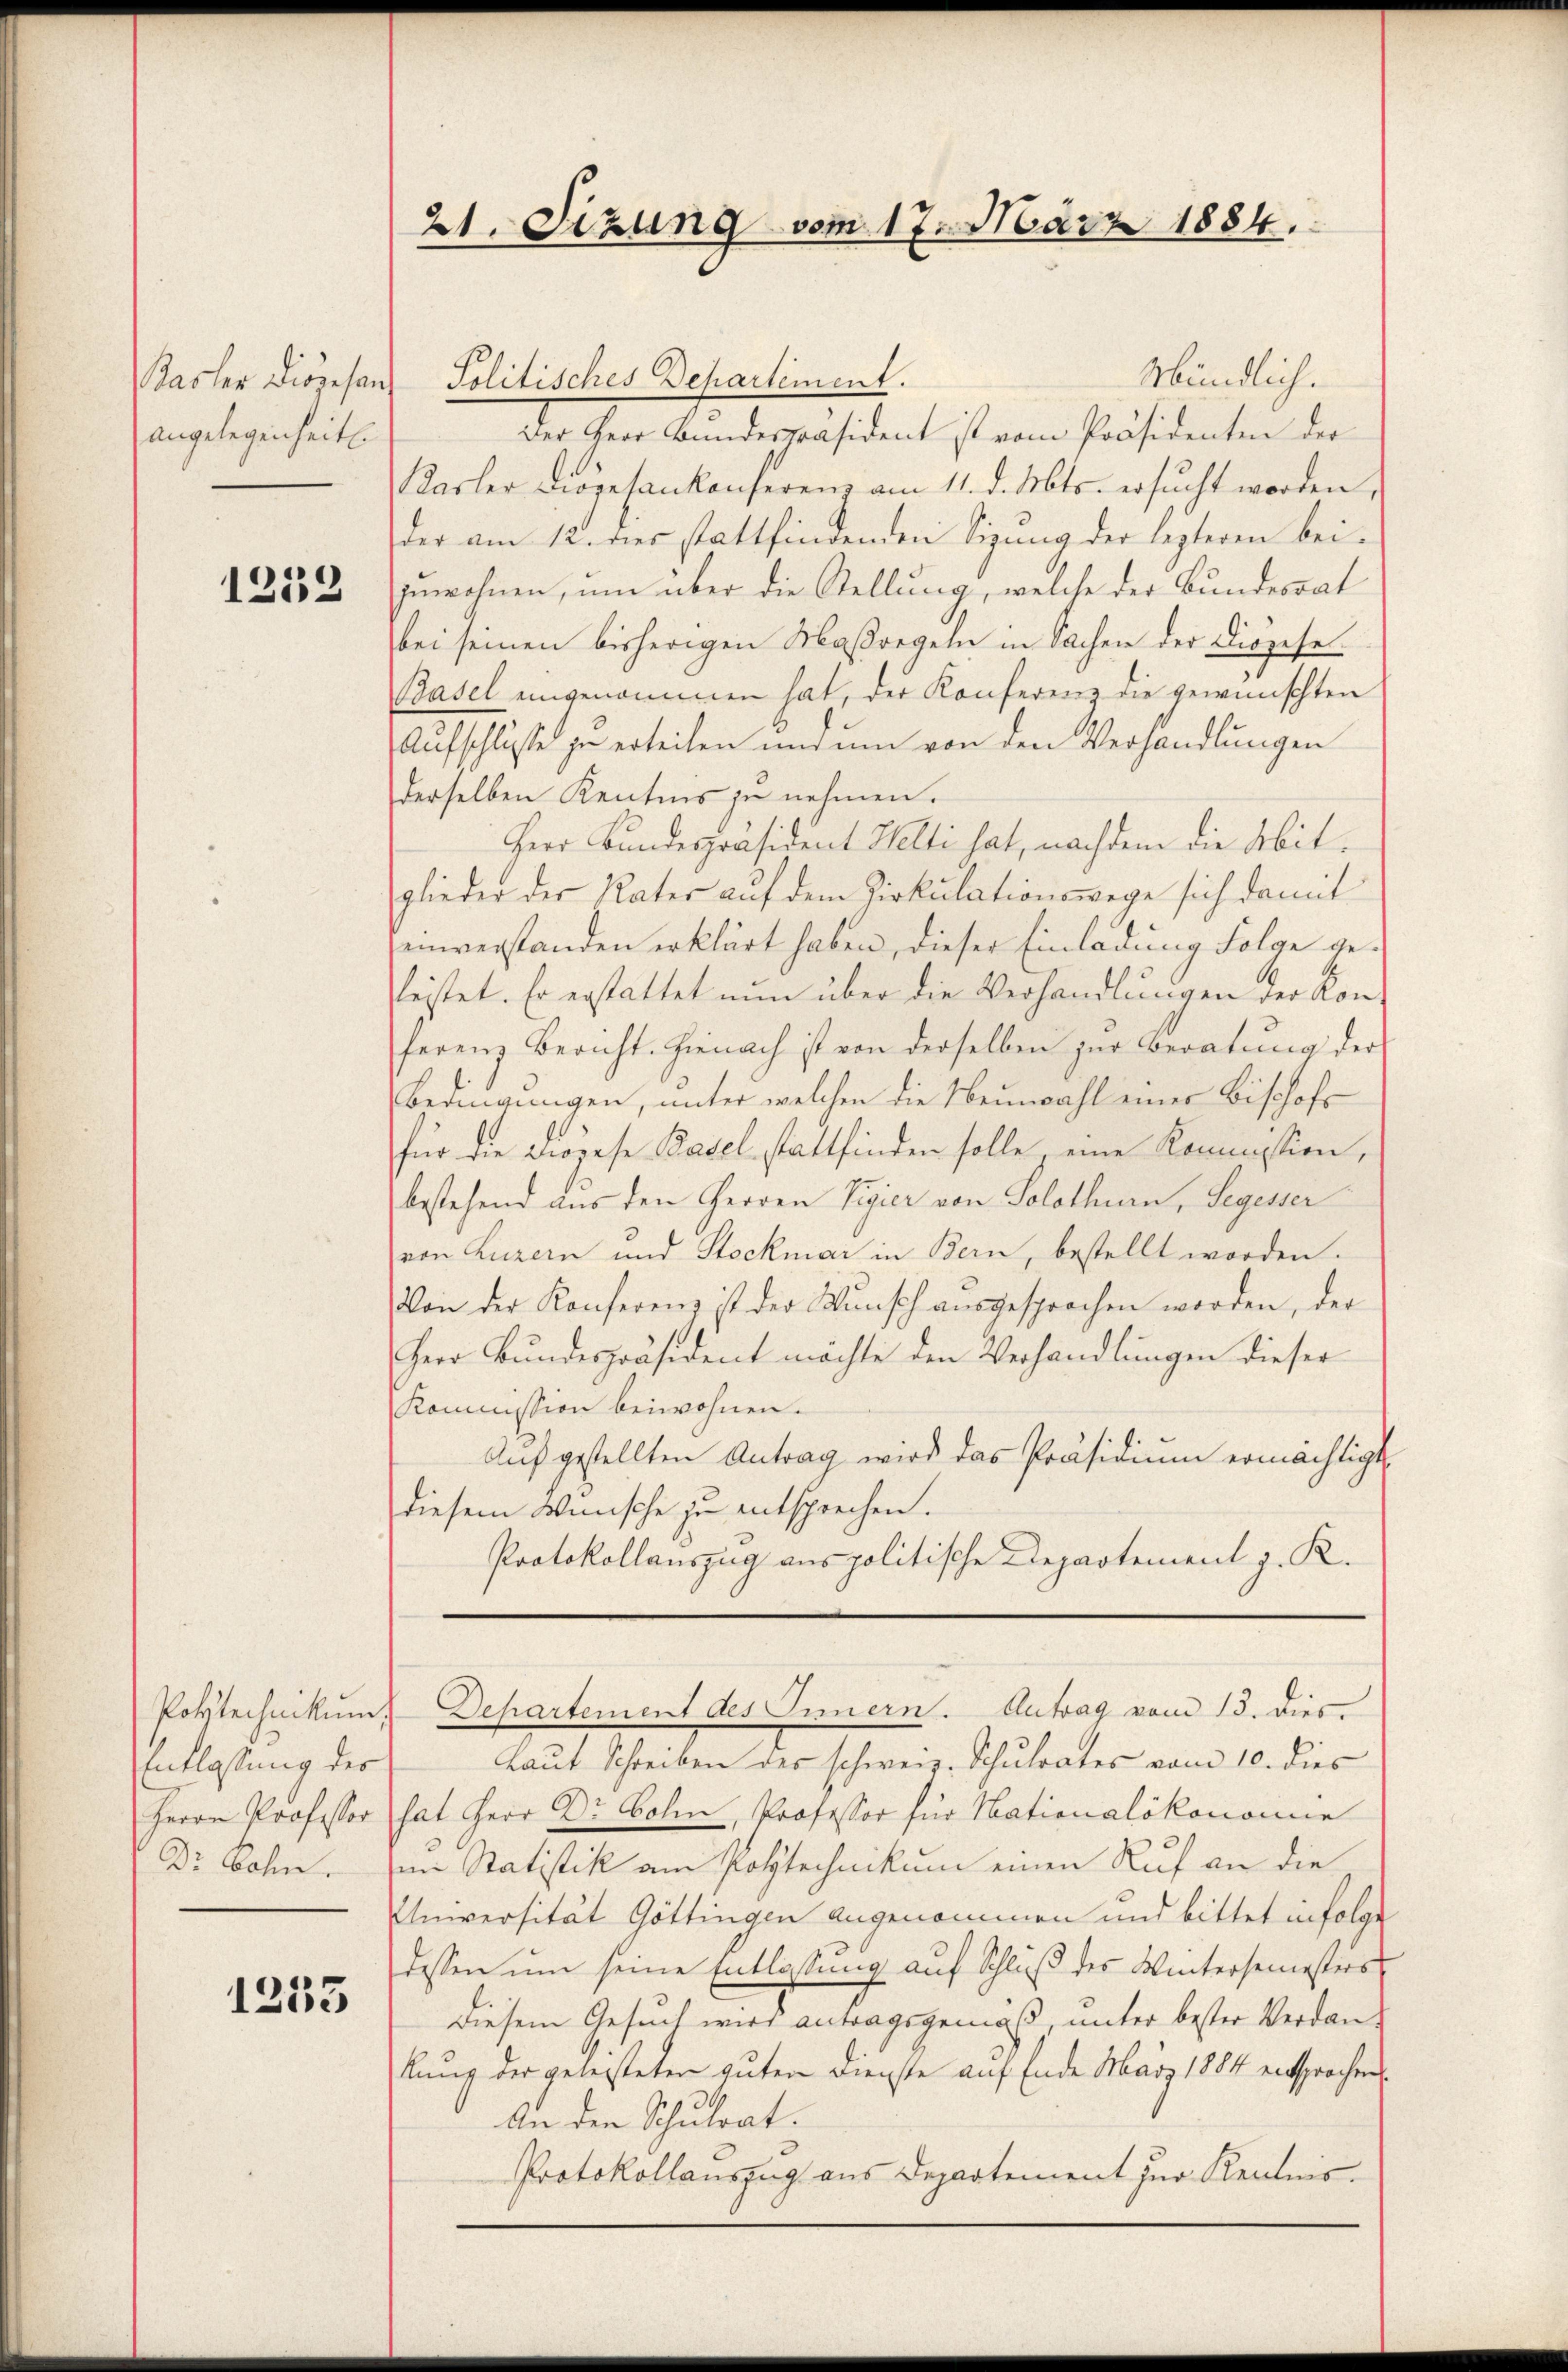
Basler Diocesan
angelegenheit.

1252

Polytechnikum.
Entlassung der
Herrn Professor
Dr. Bohn.

1253

Mündlich.
Politisches Departement.
Der Herr Bundespräsident ist vom Präsidenten der
Kasler Diögesankonferenz am 11. d. Mts. ersucht worden,
der am 12. dies stattfindenden Sitzung der lezteren beizuwohnen, um über die Stellung, welche der Bundesrat
bei seinen bisherigen Maßregeln in Sachen der Diözese
Basel eingenommen hat, der Konferenz die gewünschten
Aufschlusse zu erteilen und um von den Verhandlungen
derselben Kentnis zu nehmen.
Herr Bundespräsident Welti hat, nachdem die Abitglieder der Vater auf dem Zirkulationswege sich damit
einverstanden erklärt haben, dieser Einladung Folge geleistet. Er erstattet nun über die Verhandlungen der Konferenz Bericht. Hienach ist von derselben zur Beratung der
Bedingungen, unter welchen die Neuwahl einer Bischofs
für die Diözese Basel stattfinden solle eine Kommission,
bestehend aus den Herren Vigier von Solothurn, Segesser
von Luzern und Stockmar in Bern, bestellt worden.
Von der Konferenz ist der Wunsch ausgesprochen worden, der
Herr Bundespräsident möchte den Verhandlungen dieser
Kommission beiwohnen.
Aŭf gestellten Antrag wird das Präsidiŭm ermächtigt
diesem Wünsche zu entsprechen.
Protokollauszug aus politische Departement z. R.

21. Sizung vom 17. März 1884.

Laut Schreiben des schweiz. Schulrates vom 10. dies
hat Herr Dr Boli, Professor für Nationalökonomie
im Statistik am Polytechnikum einen Ruf an die
Universität Göttingen angenommen und bittet infolge
dessen um seine Entlassung auf Schluß des Wintersemesters
Diesem Gesuch wird antragsgemäß unter bester Verdankung der geleisteten guten Dienste auf Ende März 1884 entsprochen
An den Schulrat.
Protokollauszug aus Departement zur Kenntnis

Departement des Innern. Antrag vom 13. dies.